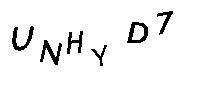
UNHYD7